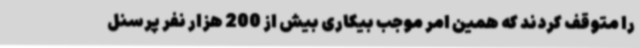
را متوقف کردند که همین امر موجب بیکاری بیش از 200 هزار نفر پرسنل